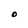
Character: O